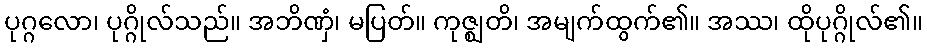
ပုဂ္ဂလော၊ ပုဂ္ဂိုလ်သည်။ အဘိဏှံ၊ မပြတ်။ ကုဇ္ဈတိ၊ အမျက်ထွက်၏။ အဿ၊ ထိုပုဂ္ဂိုလ်၏။